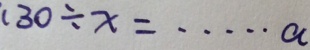
1 3 0 \div x = \cdots a